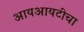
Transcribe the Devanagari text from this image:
आयआयटीचा